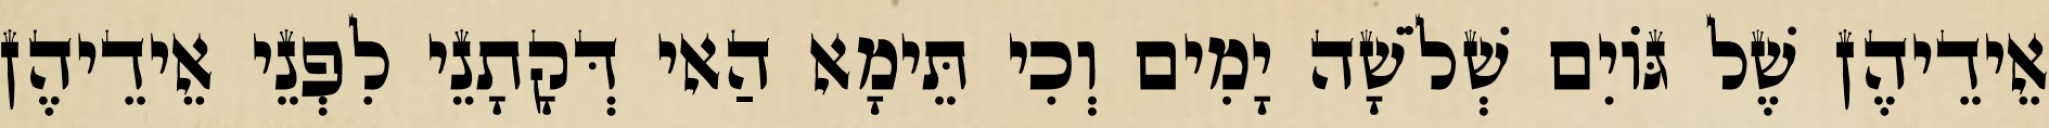
אֵידֵיהֶן שֶׁל גּוֹיִם שְׁלֹשָׁה יָמִים וְכִי תֵּימָא הַאי דְּקָתָנֵי לִפְנֵי אֵידֵיהֶן